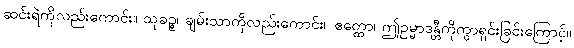
ဆင်းရဲကိုလည်းကောင်း။ သုခဉ္စ၊ ချမ်းသာကိုလည်းကောင်း။ ဧတ္ထော၊ ဤဥမ္မာဒန္တီကိုကွာရှင်းခြင်းကြောင့်။